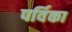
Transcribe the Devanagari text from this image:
पर्विका